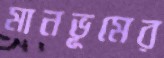
মানভূমের